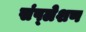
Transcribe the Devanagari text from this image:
संष्लेशण